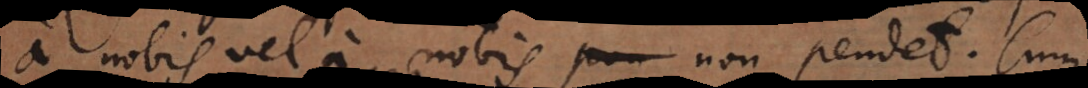
a nobis vel a nobis non pendet. Cum